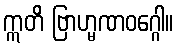
ဣတိ ဗြာဟ္မဏဝဂ္ဂေါ။